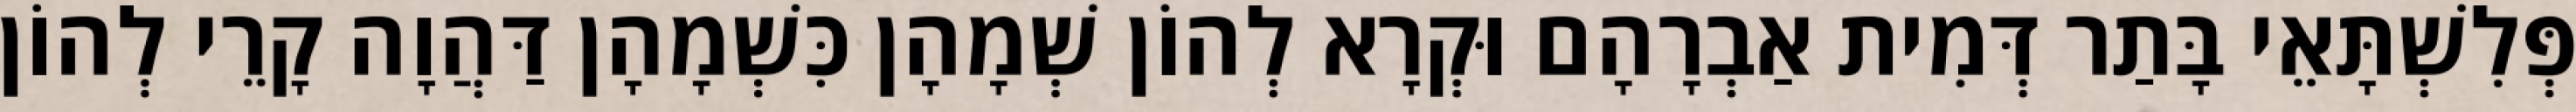
פְּלִשְׁתָּאֵי בָּתַר דְּמִית אַבְרָהָם וּקְרָא לְהוֹן שְׁמָהָן כִּשְׁמָהָן דַּהֲוָה קָרֵי לְהוֹן